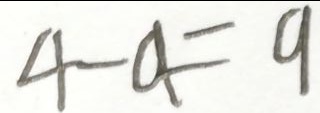
4 - a = 9